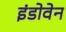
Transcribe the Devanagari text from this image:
इंडोवेन